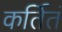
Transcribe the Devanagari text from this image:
कर्तितं